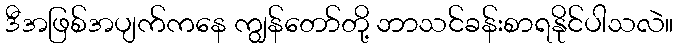
ဒီအဖြစ်အပျက်ကနေ ကျွန်တော်တို့ ဘာသင်ခန်းစာရနိုင်ပါသလဲ။